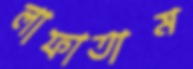
লাফাতাম